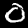
Label: 0